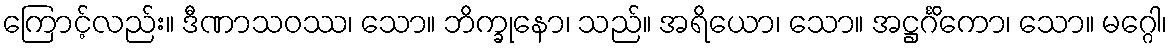
ကြောင့်လည်း။ ဒီဏာသဝဿ၊ သော။ ဘိက္ခုနော၊ သည်။ အရိယော၊ သော။ အဋ္ဌင်္ဂိကော၊ သော။ မဂ္ဂေါ၊